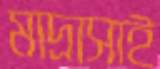
মাদ্রাসাই